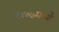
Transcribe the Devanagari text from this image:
१४०७मध्ये